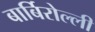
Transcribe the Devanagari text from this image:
बार्बिरोल्ली